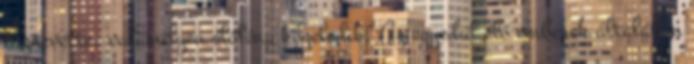
észrevette, valamilyen élőlény közeledik. Az egyedül élő emberek általában